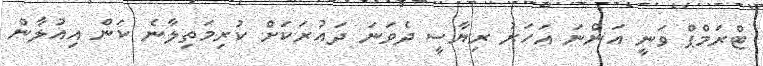
ޓްރަމްޕް ވަނީ އަންނަ އަހަރު ރިޔާސީ ދެވަނަ ދައުރަކަށް ކުރިމަތިލާނެ ކަން އިއުލާން